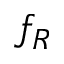
f _ { R }